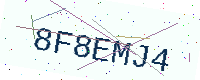
Text: 8F8EMJ4